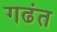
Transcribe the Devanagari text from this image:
गढंत